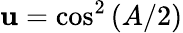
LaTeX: \mathbf{u}=\cos^{2}\left(A/2\right)